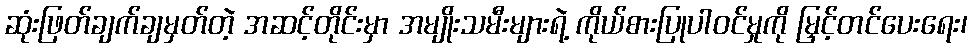
ဆုံးဖြတ်ချက်ချမှတ်တဲ့ အဆင့်တိုင်းမှာ အမျိုးသမီးများရဲ့ ကိုယ်စားပြုပါဝင်မှုကို မြှင့်တင်ပေးရေး၊